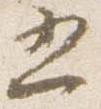
五